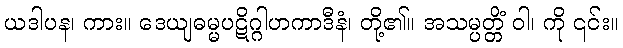
ယဒါပန၊ ကား။ ဒေယျဓမ္မပဋိဂ္ဂါဟကာဒီနံ၊ တို့၏။ အသမ္ပတ္တိံ ဝါ၊ ကို ၎င်း။